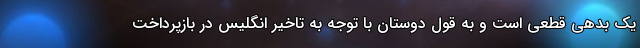
یک بدهی قطعی است و به قول دوستان با توجه به تاخیر انگلیس در بازپرداخت